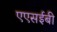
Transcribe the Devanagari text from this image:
एएसईबी